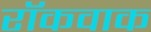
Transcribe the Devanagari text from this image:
रॉकवाक